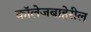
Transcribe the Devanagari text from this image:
कॉलेजबाहेरील